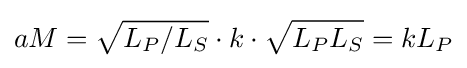
aM={\sqrt {L_{P}/L_{S}}}\cdot k\cdot {\sqrt {L_{P}L_{S}}}=kL_{P}